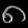
Digit: ၈